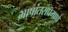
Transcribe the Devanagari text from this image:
भाषांतराप्रमाणे